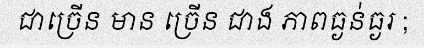
ជាច្រើន មាន ច្រើន ជាង ភាពធ្ងន់ធ្ងរ ;